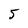
Character: 5